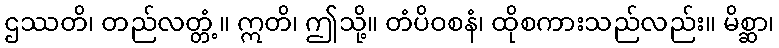
ဌဿတိ၊ တည်လတ္တံ့။ ဣတိ၊ ဤသို့။ တံပိဝစနံ၊ ထိုစကားသည်လည်း။ မိစ္ဆာ၊